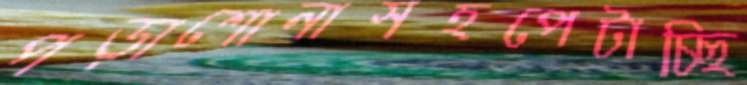
পড়াশোনাসহপেটাচ্ছি